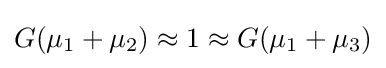
G(\mu _{1}+\mu _{2})\approx 1\approx G(\mu _{1}+\mu _{3})